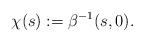
\begin{align*}\chi(s):= \beta^{-1}(s, 0). \end{align*}